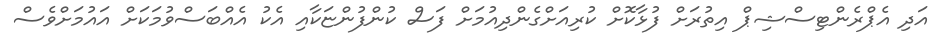
އަދި އެޕްރެންޓިސްޝިޕް އިތުރަށް ފުޅާކޮށް ކުރިއަށްގެންދިއުމަށް ފަސް ކުންފުންޏަކާއި އެކު އެއްބަސްވުމަކަށް އައުމަށްވެސް